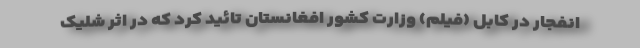
انفجار در کابل (فیلم) وزارت کشور افغانستان تائید کرد که در اثر شلیک